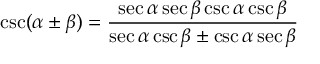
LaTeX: \csc ( \alpha \pm \beta ) = { \frac { \sec \alpha \sec \beta \csc \alpha \csc \beta } { \sec \alpha \csc \beta \pm \csc \alpha \sec \beta } }